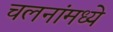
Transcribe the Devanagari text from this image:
चलनांमध्ये